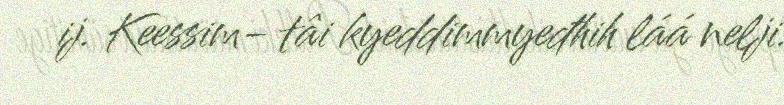
ij. Keessim- tâi kyeddimmyeđhih láá nelji.